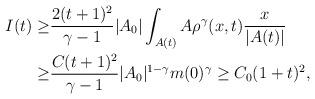
LaTeX: \begin{align*}I(t)\geq& \frac{2(t+1)^2}{\gamma-1} |A_{0}|\int_{A(t)} A\rho^\gamma(x,t)\frac{x}{|A(t)|} \\\geq & \frac{C(t+1)^2}{\gamma-1} |A_{0}|^{1-\gamma} m(0)^\gamma\geq C_0 (1+t)^2 ,\end{align*}